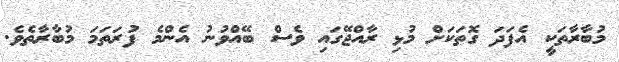
މުބާރާތަކީ އެފަދަ ގޮތަކަށް މުޅި ރާއްޖޭގައި ވެސް ބޭއްވުނު އެންމެ ފުރަތަމަ މުބާރާތެވެ.